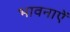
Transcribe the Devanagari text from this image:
भावनाऐं